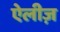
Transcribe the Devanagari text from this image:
ऐलीज़